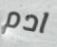
ادم